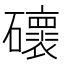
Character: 䃶